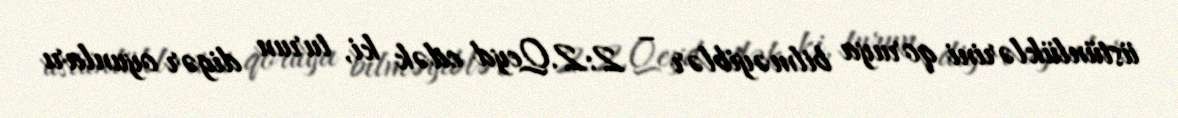
üstünlüklərini qoruya bilməyiblər – 2:2.Qeyd edək ki, turun digər oyunları